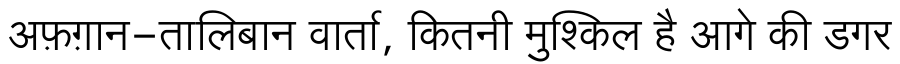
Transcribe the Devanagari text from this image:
अफ़ग़ान-तालिबान वार्ता, कितनी मुश्किल है आगे की डगर